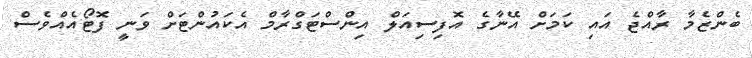
ބެންޒެމާ ރާއްޖެ އައި ކަމަށް އޭނާގެ އޮފިސިއަލް އިންސްޓަގްރާމް އެކައުންޓަށް ވަނީ ފޮޓޯއެއްވެސް